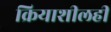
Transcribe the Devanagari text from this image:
क्रियाशीलही